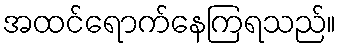
အထင်ရောက်နေကြရသည်။